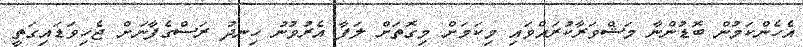
އެހެންކަމުން ބޮޑުންނާ މަޝްވަރާކުރައްވައި މިކަމަށް މިގޮތަށް ލަފާ އެރުވުނު ހިނދު ރަސްގެފާނަށް ޖެހިވަޑައިގަތީ